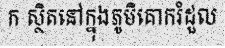
ក ស្ថិតនៅក្នុងភូមិគោករំដួល